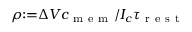
\rho { : = } \Delta V c _ { \mathrm { ~ m ~ e ~ m ~ } } / I _ { c } \tau _ { \mathrm { ~ r ~ e ~ s ~ t ~ } }